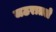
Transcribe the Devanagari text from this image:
जठरातले